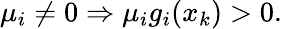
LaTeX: \mu_{i}\neq 0\Rightarrow\mu_{i}g_{i}(x_{k})>0.